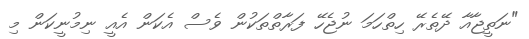
"ނަތީޖާއާ ދޭތެރޭ ހިތްހަމަ ނުޖެހޭ ފަރާތްތަކުން ވެސް އެކަން އެއީ ނިމުނީކަން މި